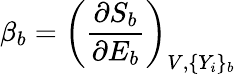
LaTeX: \beta_{b}=\left(\frac{\partial S_{b}}{\partial E_{b}}\right)_{V,\{ Y_{i}\} _{b}}